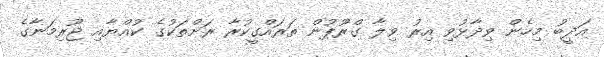
އަދީބު މިހެން ވިދާޅުވި އިރު ވިލާ ގްރޫޕުން ތަރައްގީކުރާ ރަށްތަކުގެ ކުއްޔާއި ޖޫރިމަނާގެ